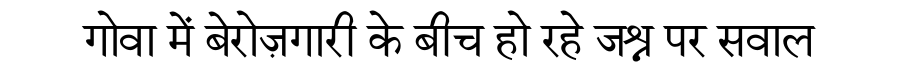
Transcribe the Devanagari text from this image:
गोवा में बेरोज़गारी के बीच हो रहे जश्न पर सवाल